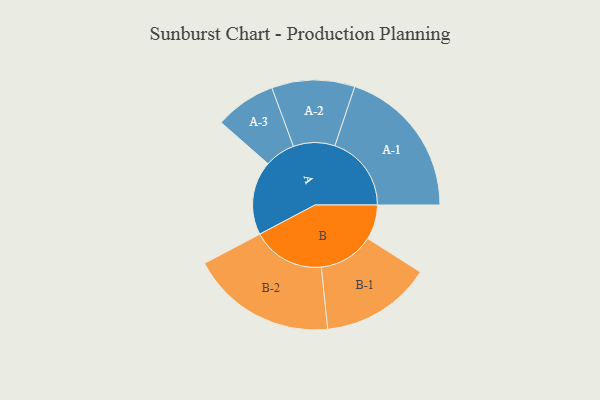
{"axis": {"x": "Segment", "y": "Value"}, "legend": ["", "A", "B"], "data": [{"x": "A", "y": 262, "type": ""}, {"x": "B", "y": 123, "type": ""}, {"x": "A-1", "y": 271, "type": "A"}, {"x": "A-2", "y": 147, "type": "A"}, {"x": "A-3", "y": 108, "type": "A"}, {"x": "B-1", "y": 196, "type": "B"}, {"x": "B-2", "y": 258, "type": "B"}]}